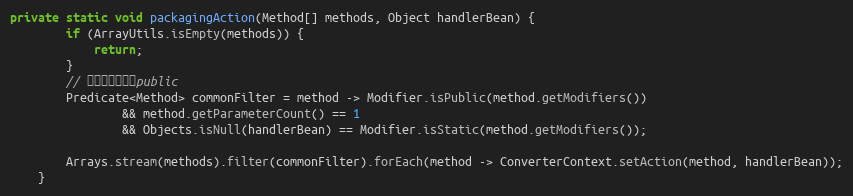
Language: Java
private static void packagingAction(Method[] methods, Object handlerBean) {
        if (ArrayUtils.isEmpty(methods)) {
            return;
        }
        // 参数唯一，且为public
        Predicate<Method> commonFilter = method -> Modifier.isPublic(method.getModifiers())
                && method.getParameterCount() == 1
                && Objects.isNull(handlerBean) == Modifier.isStatic(method.getModifiers());

        Arrays.stream(methods).filter(commonFilter).forEach(method -> ConverterContext.setAction(method, handlerBean));
    }